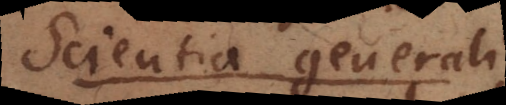
Scientia Generalis